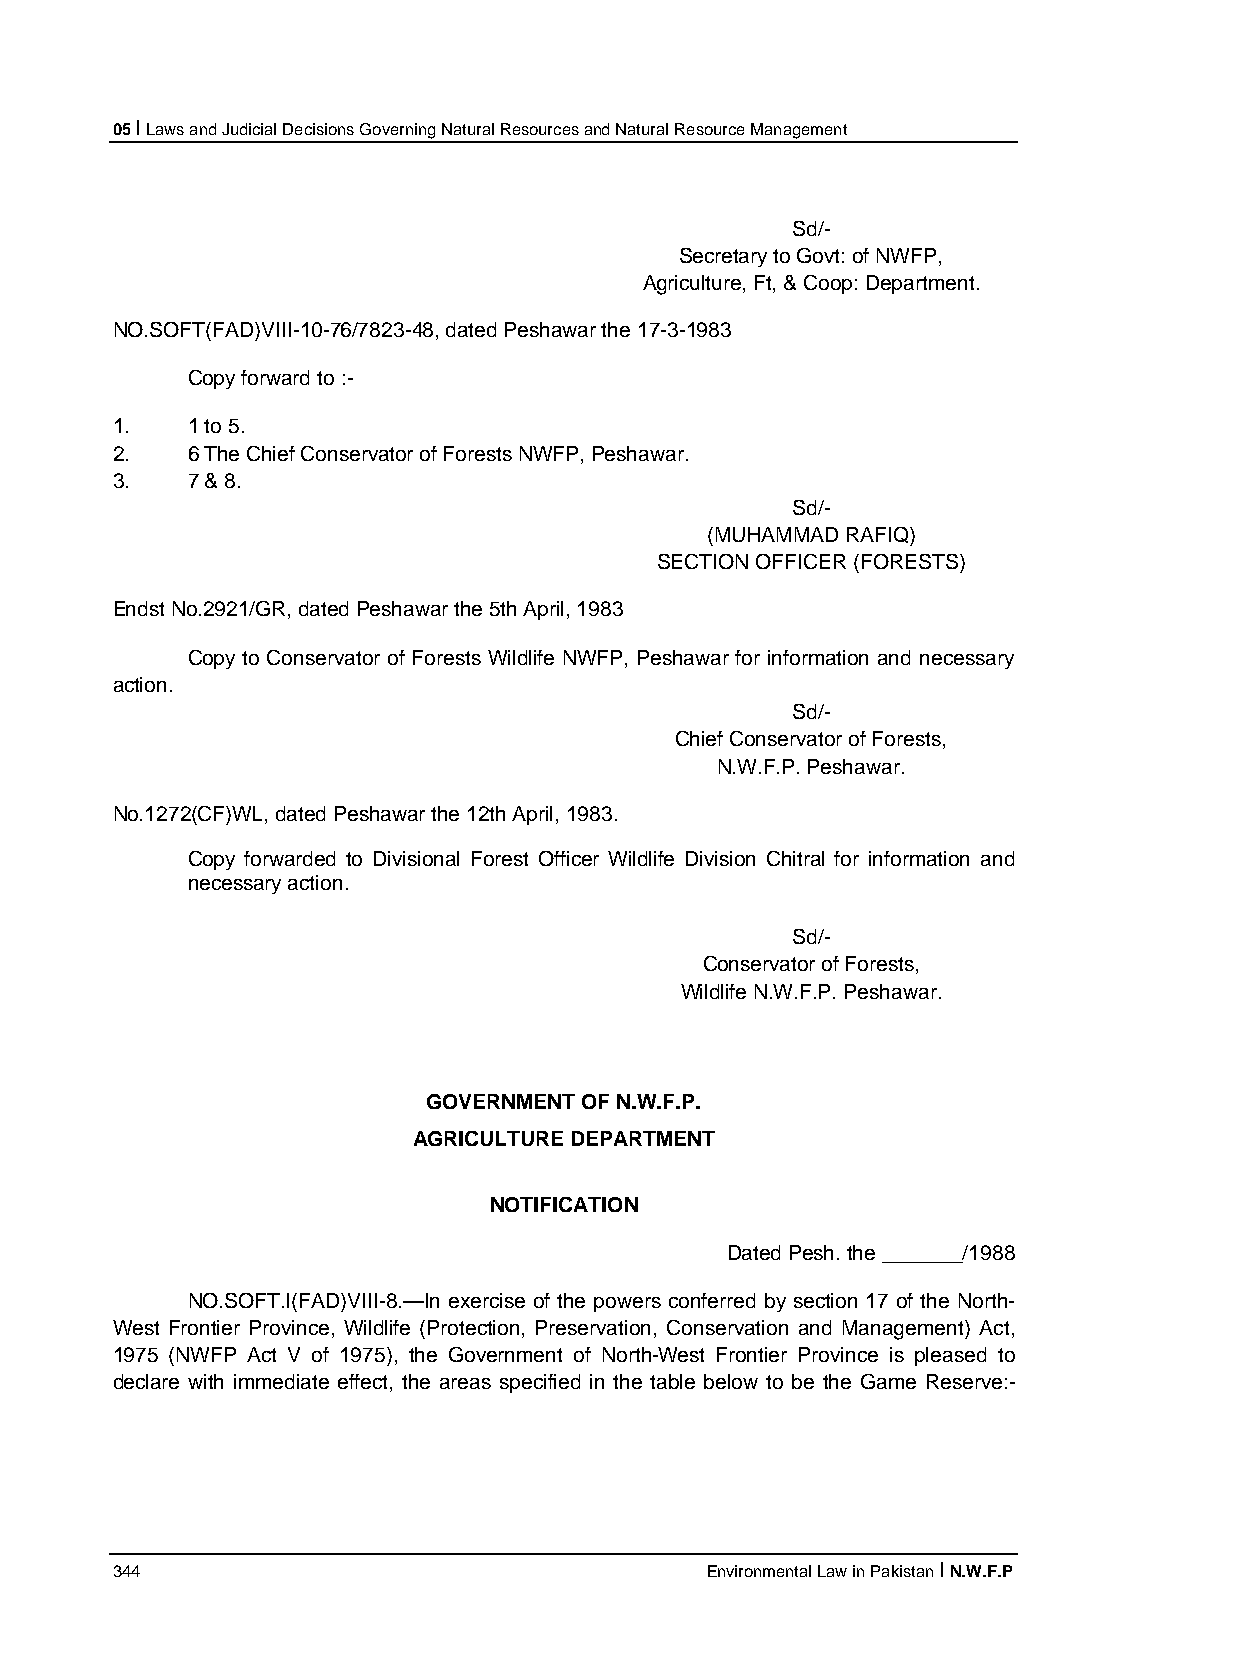
05 I Laws and Judicial Decisions Governing Natural Resources and Natural Resource Management
 Sd/-
 Secretary to Govt: of NWFP,
 Agriculture, Ft, & Coop: Department.
 NO.SOFT(FAD)VIII-10-76/7823-48, dated Peshawar the 17-3-1983
 Copy forward to :-
 1.   1 to 5.
 2.   6 The Chief Conservator of Forests NWFP, Peshawar.
 3.   7 & 8.
 Sd/-
 (MUHAMMAD RAFIQ)
 SECTION OFFICER (FORESTS)
 Endst No.2921/GR, dated Peshawar the 5th April, 1983
 Copy to Conservator of Forests Wildlife NWFP, Peshawar for information and necessary
 action.
 Sd/-
 Chief Conservator of Forests,
 N.W.F.P. Peshawar.
 No.1272(CF)WL, dated Peshawar the 12th April, 1983.
 Copy forwarded to Divisional Forest Officer Wildlife Division Chitral for information and
 necessary action.
 Sd/-
 Conservator of Forests,
 Wildlife N.W.F.P. Peshawar.
 GOVERNMENT OF N.W.F.P.
 AGRICULTURE DEPARTMENT
 NOTIFICATION
 Dated Pesh. the _______/1988
 NO.SOFT.I(FAD)VIII-8.—In exercise of the powers conferred by section 17 of the North-
 West Frontier Province, Wildlife (Protection, Preservation, Conservation and Management) Act,
 1975 (NWFP Act V of 1975), the Government of North-West Frontier Province is pleased to
 declare with immediate effect, the areas specified in the table below to be the Game Reserve:-
 344                                     Environmental Law in Pakistan I N.W.F.P